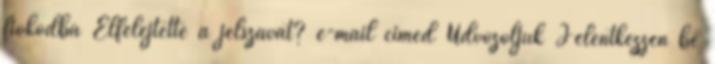
fiókodba Elfelejtette a jelszavát? e-mail címed Üdvözöljük Jelentkezzen be